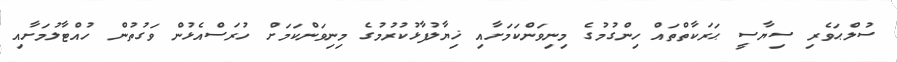
ސުލްޙަވެރި ސިޔާސީ ޙަރަކާތްތައް ހިންގުމުގެ މިނިވަންކަމަށާއި ޚިޔާލުފާޅުކުރުމުގެ މިނިވަންކަމަށް ހުރަސްއެޅުން ވަގުތުން ހުއްޓާލުމަށާއި